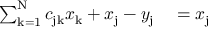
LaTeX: \begin{array} { r l } { \sum _ { \mathrm { k = 1 } } ^ { \mathrm { N } } c _ { \mathrm { j k } } x _ { \mathrm { k } } + x _ { \mathrm { j } } - y _ { \mathrm { j } } } & { { } = x _ { \mathrm { j } } } \end{array}